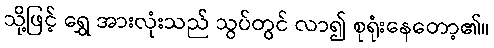
သို့ဖြင့် ရွှေ အားလုံးသည် သွပ်တွင် လာ၍ စုရုံးနေတော့၏။